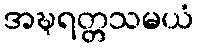
အဍ္ဎရတ္တသမယံ